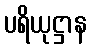
ပရိယုဋ္ဌာန